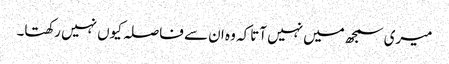
میری سمجھ میں نہیں آتاکہ وہ ان سے فاصلہ کیوں نہیں رکھتا۔